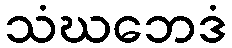
သံဃဘေဒံ